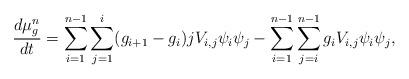
LaTeX: \begin{align*} \frac{d\mu_g^n}{dt} &= \sum_{i=1}^{n-1}\sum_{j=1}^{i}(g_{i+1}-g_i)jV_{i,j}\psi_i\psi_j - \sum_{i=1}^{n-1}\sum_{j=i}^{n-1}g_{i}V_{i,j}\psi_i\psi_j,\end{align*}